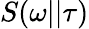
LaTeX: S(\omega||\tau)